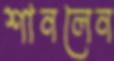
শানলেন